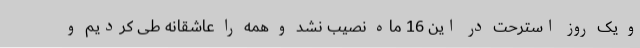
و یک روز استرحت در این 16 ماه نصیب نشد و همه را عاشقانه طی کردیم و